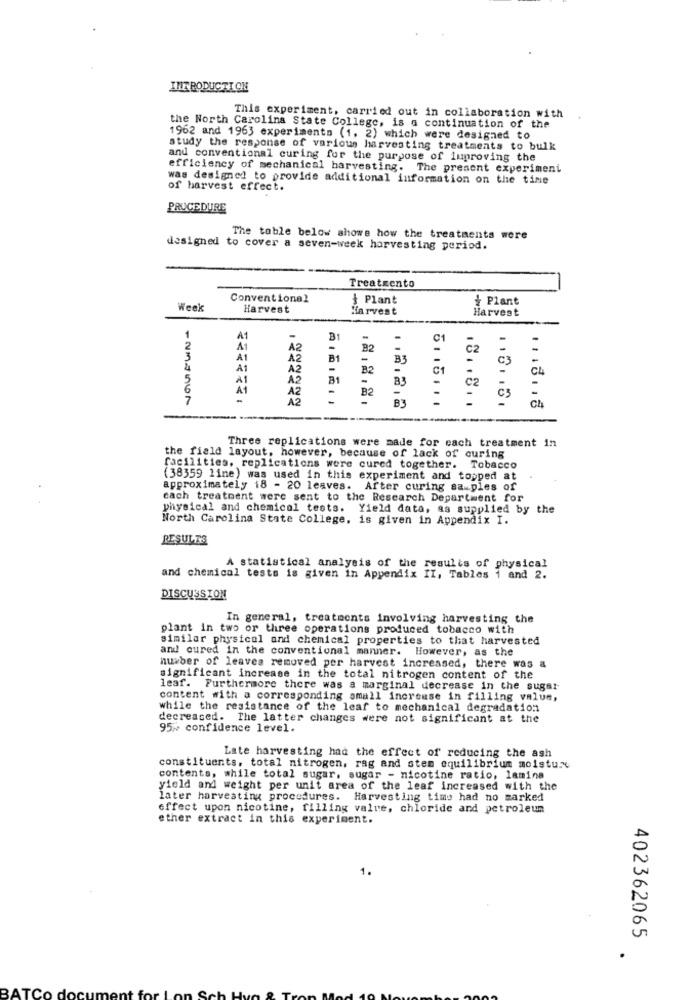
INTRODUCTION
This experiment, carried out in collaboration with
the North Carolina State College, is a continuation of the
1962 and 1963 experiments (1, 2) which were designed to
study the response of various harvesting treatments to bulk
and conventional curing for the purpose of luproving the
efficiency of mechanical harvesting. The present experiment
was designed to provide additional information on the time
of harvest effect.
PROCEDURE
The table below shows how the treatments were
designed to cover a seven-week harvesting period.
Treatmento
Conventional
{ Plant
Plant
Week
Harvest
Harvest
Harvest
1
A1
B1
C1
A1
A2
B2
3
A1
A2
B1
-
B3
-
4
A1
A2
B2
01
5
A2
A2
A2
B3
.....
1.2.2.2
118.16.
1/18.18
Three replications were made for cach treatment in
the field layout, however, because of lack of curing
facilities, replications were cured together. Tobacco
(38359 line) was used in this experiment and topped at
approximately 18 - 20 leaves. After curing sa_ples of
cach treatment were sent to the Research Department for
physical and chemical tests. Yield data, as supplied by the
North Carolina State College, is given in Appendix I.
RESULTS
A statistical analysis of the results of physical
and chemical tests is given in Appendix II, Tables 1 and 2.
DISCUSSION
In general, treatments involving harvesting the
plant in two or three operations produced tobacco with
similar physical and chemical properties to that harvested
and cured in the conventional manner. However, as the
number of leavea removed per harvest increased, there was &
significant increase in the total nitrogen content of the
leaf. Furthermore there was a marginal decrease in the sugar-
content with a corresponding small increase in filling value,
while the resistance of the leaf to mechanical degradation
decreased. The latter changes were not significant at the
95% confidence level.
Late harvesting had the effect of reducing the ash
constituents, total nitrogen, rag and stem equilibrium moisture
contents, while total sugar, sugar - nicotine ratio, lamina
yield and weight per unit area of the leaf increased with the
later harvesting procedures. Harvesting time had no marked
effect upon nicotine, filling value, chloride and petroleum
ether extract in this experiment.
1.
402362065
BAT